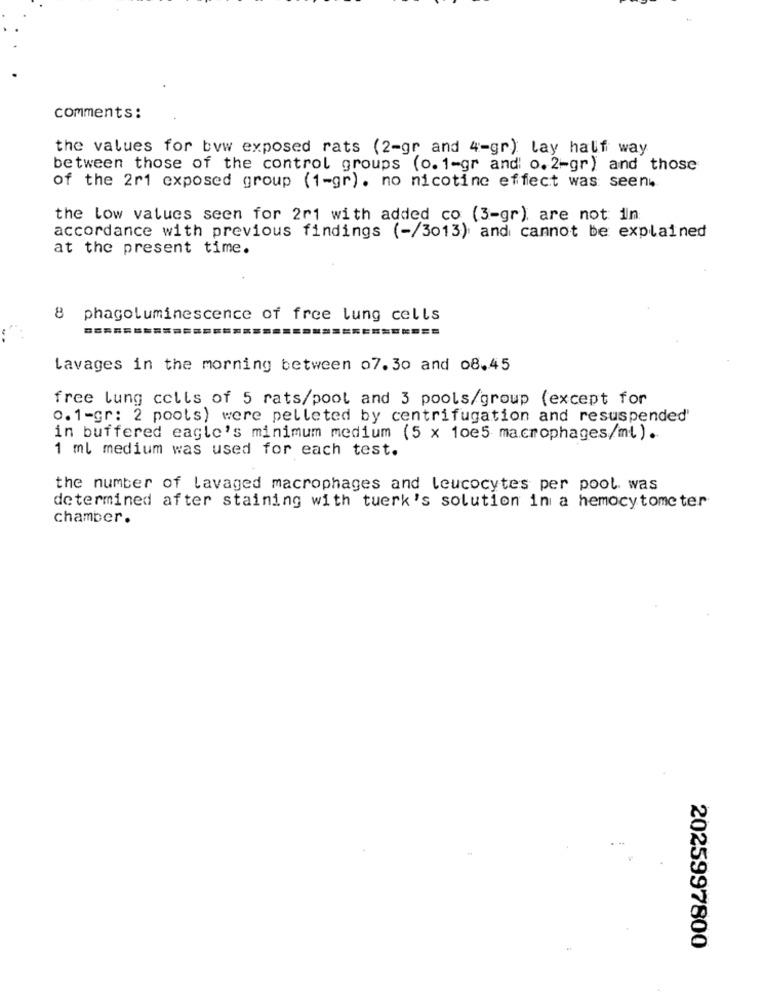
comments:
the values for byw exposed rats (2-gr and 4-gr) lay half way
between those of the control groups (o. 1-gr and' o. 2-gr) and those
of the 2r1 exposed group (1-gr). no nicotine effect was seen.
the low values seen for 2r1 with added co (3-gr) are not in
accordance with previous findings (-/3013) and cannot be explained
at the present time.
8
phagoluminescence of free lung cells
Lavages in the morning between 07.30 and 08.45
free lung cells of 5 rats/pool and 3 pools/group (except for
0.1-gr: 2 poots) were pelleted by centrifugation and resuspended'
in buffered eagle's minimum medium (5 x 10e5 macrophages/ml).
1 ml medium was used for each test.
the number of lavaged macrophages and leucocytes per pool. was
determined after staining with tuerk's solution in a hemocytometer
chamber.
2025997800